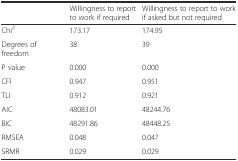
<table><thead><tr><td></td><td><b>Willingness to report to work if required</b></td><td><b>Willingness to report to work if asked but not required</b></td></tr></thead><tbody><tr><td>Chi<sup>2</sup></td><td>173.17</td><td>174.95</td></tr><tr><td>Degrees of freedom</td><td>38</td><td>39</td></tr><tr><td>P value</td><td>0.000</td><td>0.000</td></tr><tr><td>CFI</td><td>0.947</td><td>0.951</td></tr><tr><td>TLI</td><td>0.912</td><td>0.921</td></tr><tr><td>AIC</td><td>48083.01</td><td>48244.76</td></tr><tr><td>BIC</td><td>48291.86</td><td>48448.25</td></tr><tr><td>RMSEA</td><td>0.048</td><td>0.047</td></tr><tr><td>SRMR</td><td>0.029</td><td>0.029</td></tr></tbody></table>